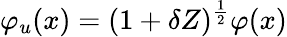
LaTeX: \varphi_{u}(x)=(1+\delta Z)^{\frac{1}{2}}\varphi(x)